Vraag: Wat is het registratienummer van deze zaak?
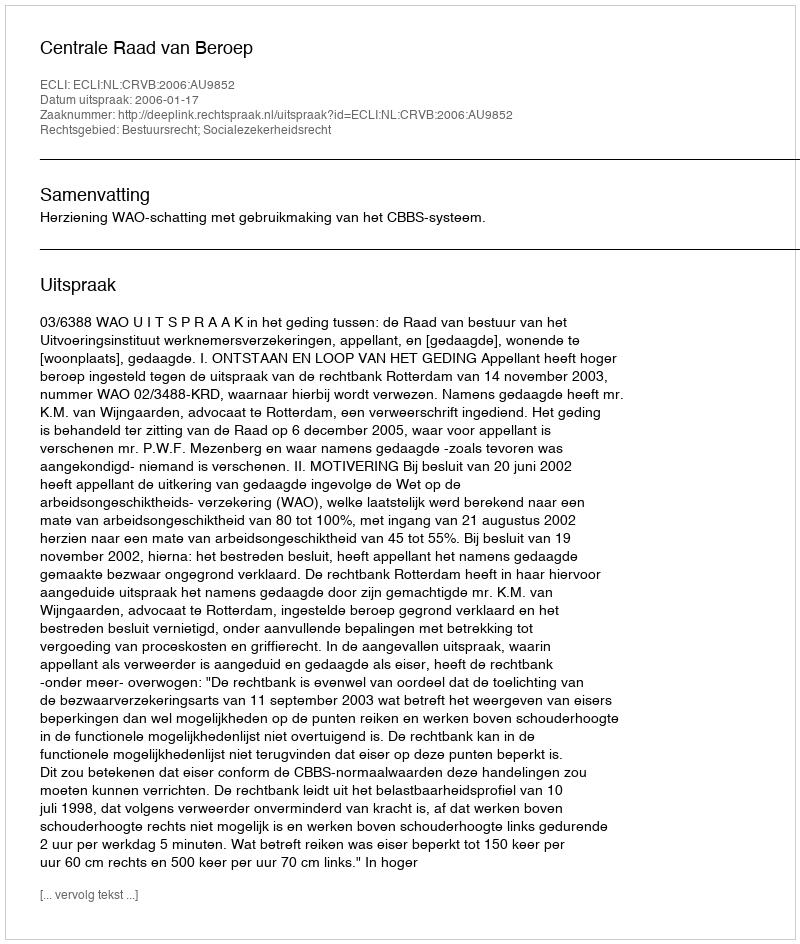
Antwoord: http://deeplink.rechtspraak.nl/uitspraak?id=ECLI:NL:CRVB:2006:AU9852